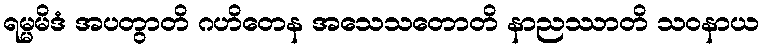
ရမ္မမိဒံ အပတွာတိ ဂဟိတေန အသေသတောတိ နာညဿာတိ သဝနာယ